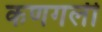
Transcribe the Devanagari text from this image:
कणगली